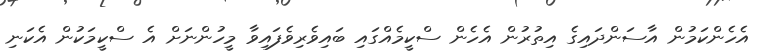
އެހެންކަމުން އާސަންދައިގެ އިތުރުން އެހެން ސްކީމެއްގައި ބައިވެރިވެފައިވާ މީހުންނަށް އެ ސްކީމަކުން އެކަނި